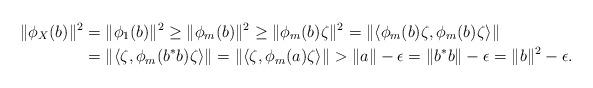
LaTeX: \begin{align*} \| \phi_X(b) \|^2 &= \| \phi_1(b) \|^2 \geq \| \phi_m(b)\|^2 \geq \| \phi_m(b) \zeta \|^2 = \| \langle \phi_m(b) \zeta, \phi_m(b) \zeta \rangle \| \\&= \| \langle \zeta, \phi_m(b^*b) \zeta \rangle \| = \| \langle \zeta, \phi_m(a) \zeta \rangle \| > \| a \| - \epsilon = \| b^* b \| - \epsilon = \| b \|^2 - \epsilon.\end{align*}